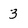
Character: 3